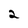
Character: 2